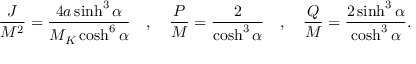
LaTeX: { \frac { J } { M ^ { 2 } } } = { \frac { 4 a \sinh ^ { 3 } \alpha } { M _ { K } \cosh ^ { 6 } \alpha } } \quad , \quad { \frac { P } { M } } = { \frac { 2 } { \cosh ^ { 3 } \alpha } } \quad , \quad { \frac { Q } { M } } = { \frac { 2 \sinh ^ { 3 } \alpha } { \cosh ^ { 3 } \alpha } } .